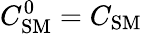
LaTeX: C_{\mathrm{SM}}^{0}=C_{\mathrm{SM}}